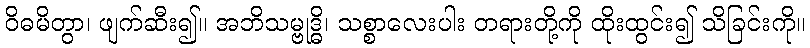
ဝိဓမိတွာ၊ ဖျက်ဆီး၍။ အဘိသမ္ဗုဒ္ဓိ၊ သစ္စာလေးပါး တရားတို့ကို ထိုးထွင်း၍ သိခြင်းကို။